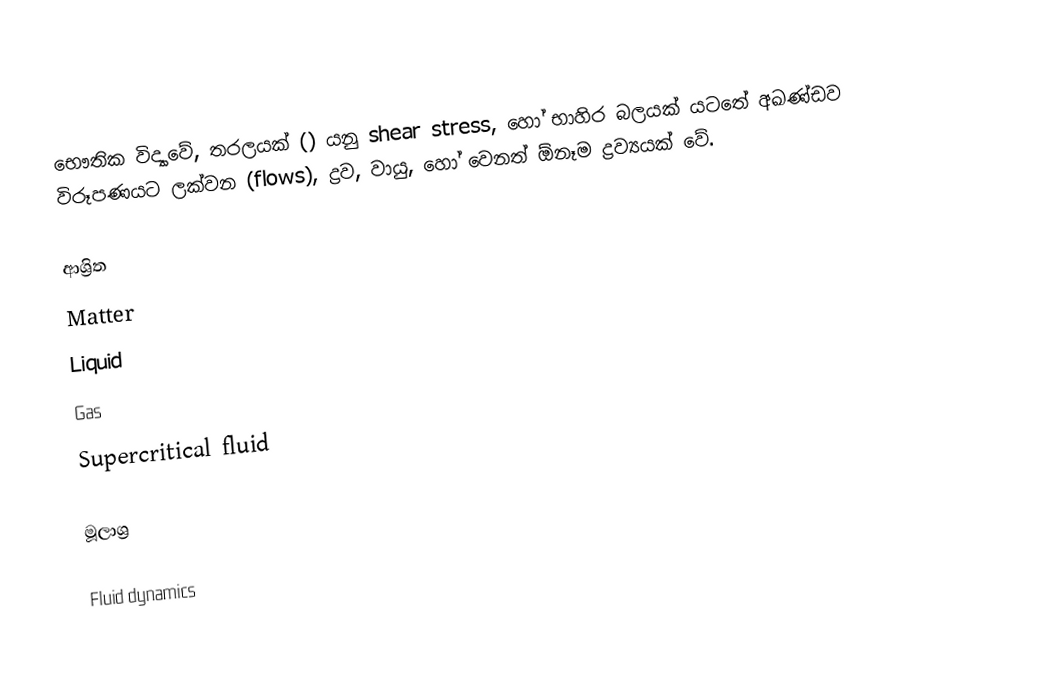
භෞතික විද්‍යාවේ, තරලයක් () යනු shear stress, හෝ භාහිර බලයක් යටතේ අඛණ්ඩව විරූපණයට ලක්වන (flows), ද්‍රව, වායු, හෝ වෙනත් ඕනෑම ද්‍රව්‍යයක් වේ.

ආශ්‍රිත
Matter
Liquid
Gas
Supercritical fluid

මූලාශ්‍ර

Fluid dynamics